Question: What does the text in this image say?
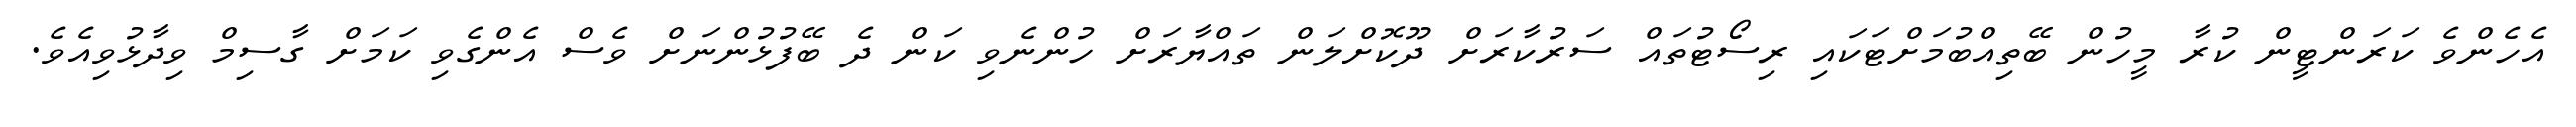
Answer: އެހެންވެ ކަރަންޓީން ކުރާ މީހުން ބޭތިއްބުމަށްޓަކައި ރިސޯޓުތައް ސަރުކާރަށް ދޫކޮށްލަން ތައްޔާރަށް ހުންނެވި ކަން ދެ ބޭފުޅުންނަށް ވެސް އެންގެވި ކަމަށް ގާސިމް ވިދާޅުވިއެވެ.